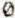
0